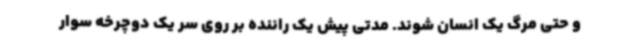
و حتی مرگ یک انسان شوند. مدتی پیش یک راننده بر روی سر یک دوچرخه سوار